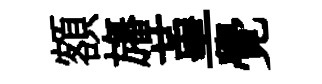
額旛堇覺